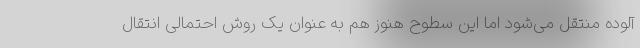
آلوده منتقل می‌شود اما این سطوح هنوز هم به عنوان یک روش احتمالی انتقال